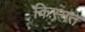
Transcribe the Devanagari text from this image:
किस्‍मत